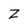
Character: Z